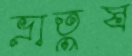
ভ্রাতুষ